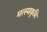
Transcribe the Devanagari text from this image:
मत्स्यकृमि